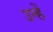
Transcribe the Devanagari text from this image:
उन्हें